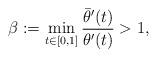
LaTeX: \begin{align*}\beta:=\min_{t\in [0,1]} \frac{ \bar{\theta}'(t)}{ \theta'(t)} >1,\end{align*}